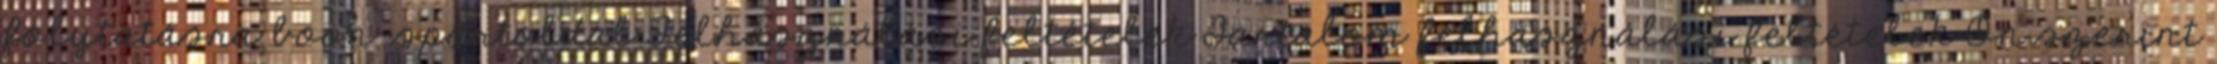
folytatásra boon-sportoldal Felhasználási feltételek Tartalom felhasználási feltételek Ön szerint